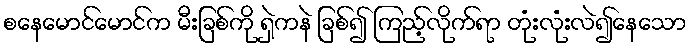
စနေမောင်မောင်က မီးခြစ်ကို ရှဲကနဲ ခြစ်၍ ကြည့်လိုက်ရာ တုံးလုံးလဲ၍နေသော